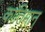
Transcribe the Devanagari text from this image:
कांतिमान्‌